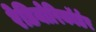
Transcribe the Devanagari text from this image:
रेडियोरिकॉर्डर